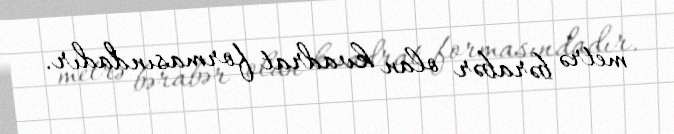
metrə bərabər olan kvadrat formasındadır.